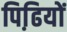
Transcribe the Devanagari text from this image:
पिढि़यों